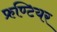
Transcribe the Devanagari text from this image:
फ्रण्टियर